NAE_EAOK_eestikeelsed_sunnimeetrikad, lk 209
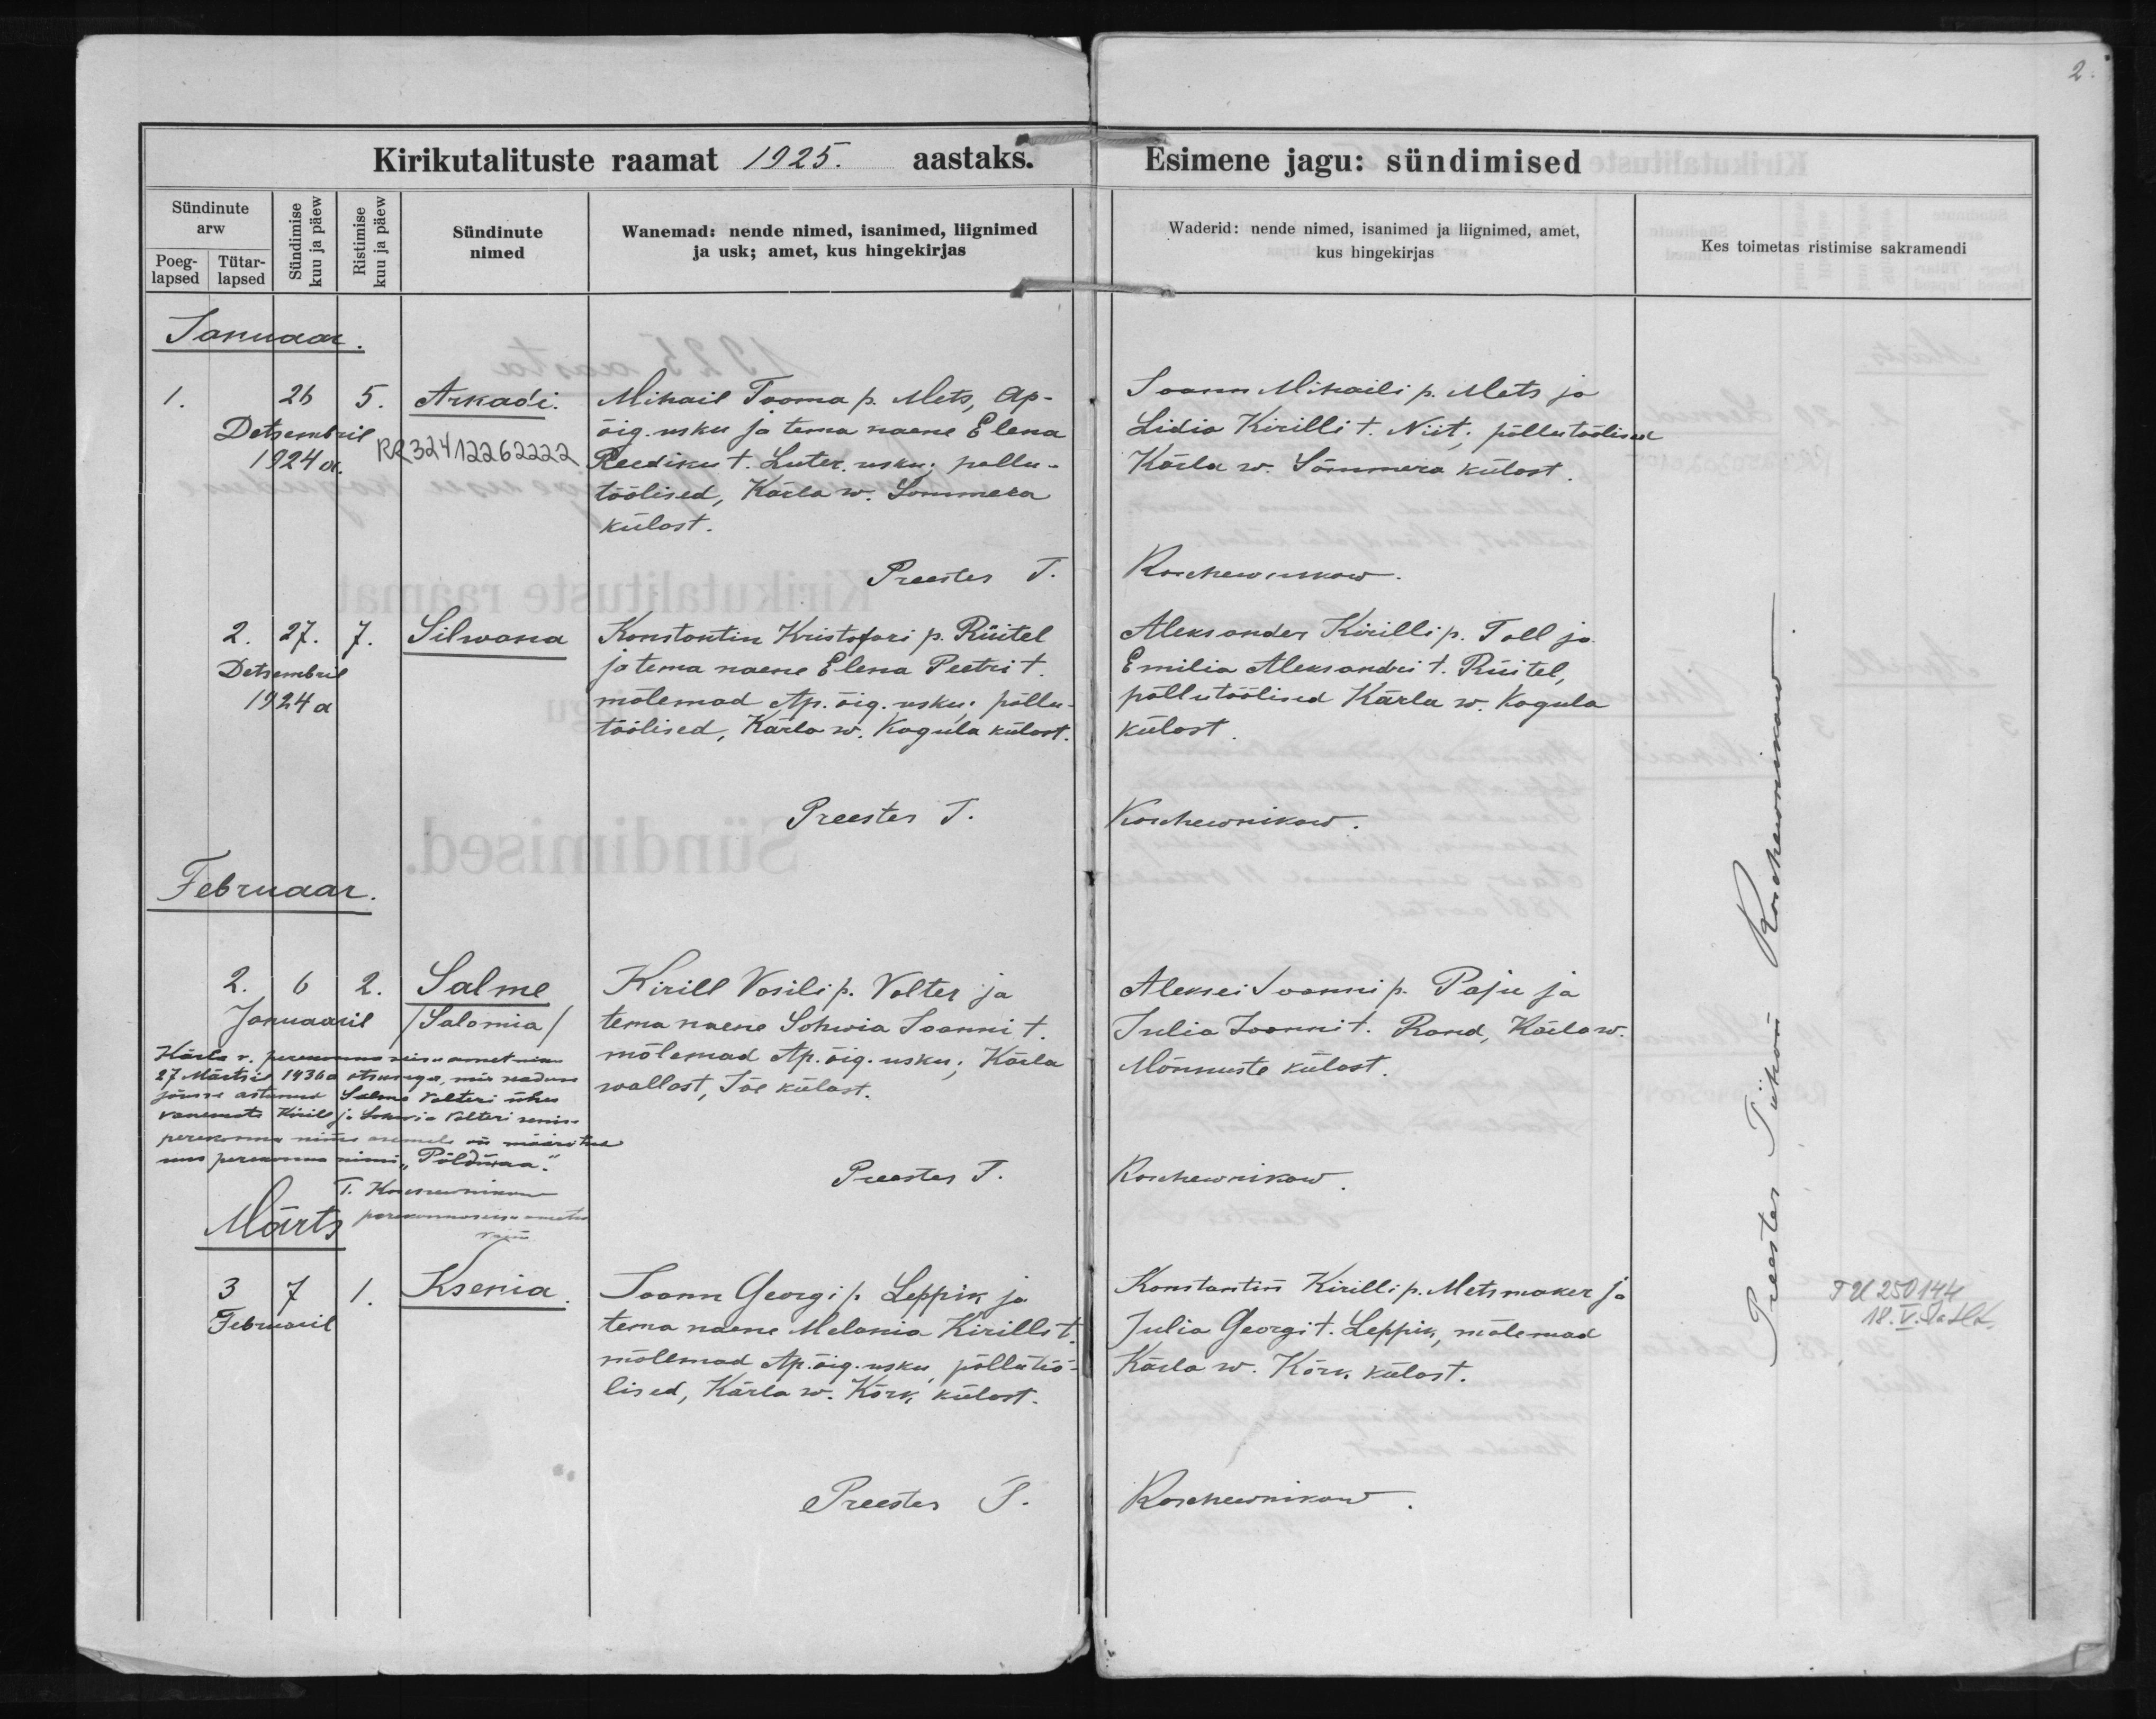
Arkadi

Silwana

Salme
Salomia

Ksenia

Mihail Tooma p. Mets, ap-
õig. usku ja tema naene Elena
Reediku t. Luter. usku; pollu-
töölised, Kärla w. Sommera
külast.

Konstantin Kristofori p. Rüütel
ja tema naene Elena Peetri t.
mõlemad Ap. õig. usku; põllu-
töölised, Kära w. Kagula külast.

Kirill Vasili p. Valter ja
tema naene Sohwia Joanni t.
mõlemad Ap. õig. usku; Kärla
wallast, Jõe külast.

Joann Georgi p. Leppik ja
tema naene Melania Kirilli t.
mõlemad Ap. õig. usku, põllutöö-
lised, Kärla w. Kõrk külast.